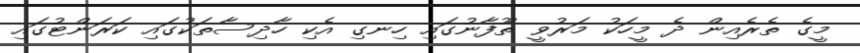
މީގެ ތެރެއިން ދެ މީހަކު މަރުވީ ތޫފާނުގައި ހިނގި އެކި ހާދިސާތަކުގައި ކަރަންޓުގައި